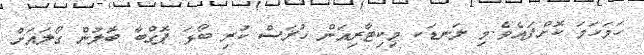
ހަމަހަމަ ކޮށްފައެވެ.މި ލަނޑަކ މިކިޓާރިއަން ހުރަސް ކުރި ބޯޅަ ޕޮގްބާ ބޮލުން ގޯލައަށް